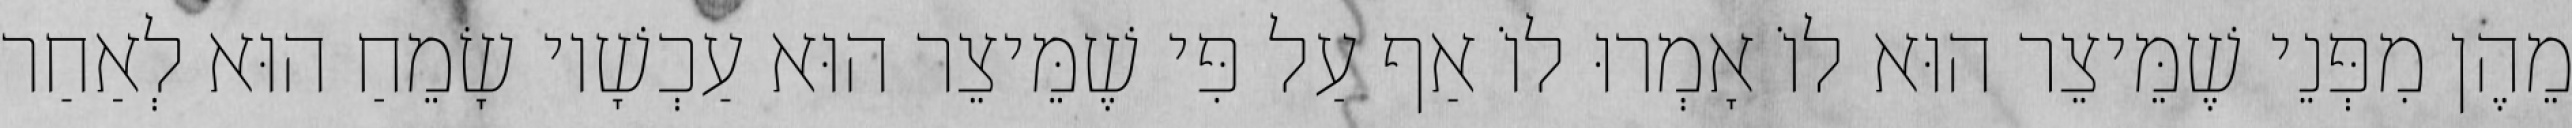
מֵהֶן מִפְּנֵי שֶׁמֵּיצֵר הוּא לוֹ אָמְרוּ לוֹ אַף עַל פִּי שֶׁמֵּיצֵר הוּא עַכְשָׁיו שָׂמֵחַ הוּא לְאַחַר